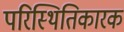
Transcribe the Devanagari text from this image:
परिस्थितिकारक